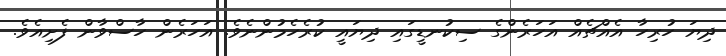
ދިޔަ ހުރިހާ އެއްޗެއް އަހަރެންގެ ސިކުނޑީގައި ދިޔައީ ކުރެހެމުންނެވެ. އަހަރެން ހާސްވާން ފެށިއެވެ.